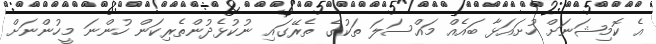
އެ ކޮމިޝަނަށް ހުށައަޅާ ބައެއް މައްސަލަ ތަކުގެ ތެރޭގައި ނުކުޅެދުންތެރިކަން ހުންނަ މީހުންނަށް